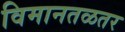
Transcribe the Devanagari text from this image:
विमानतळतर